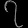
Digit: ၇